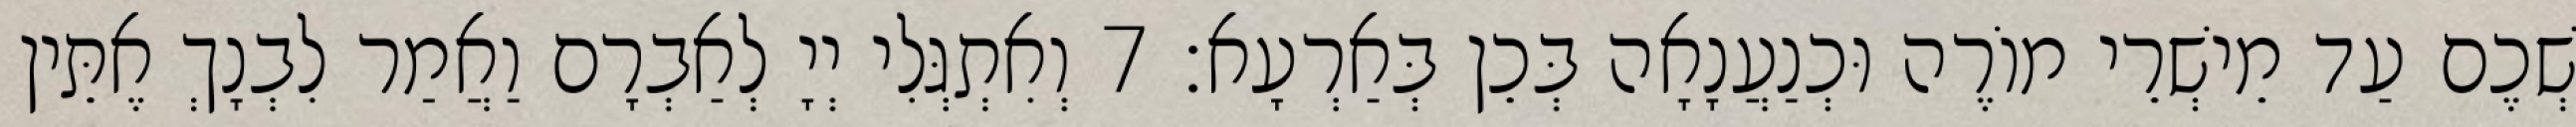
שְׁכֶם עַד מֵישְׁרֵי מוֹרֶה וּכְנַעֲנָאָה בְּכֵן בְּאַרְעָא׃ 7 וְאִתְגְּלִי יְיָ לְאַבְרָם וַאֲמַר לִבְנָךְ אֶתֵּין